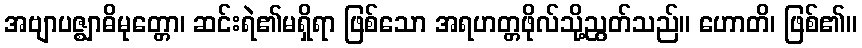
အဗျာပဇ္ဈာဓိမုတ္တော၊ ဆင်းရဲ၏မရှိရာ ဖြစ်သော အရဟတ္တဖိုလ်သို့ညွတ်သည်။ ဟောတိ၊ ဖြစ်၏။